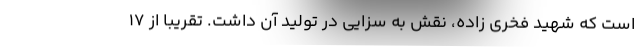
است که شهید فخری زاده، نقش به سزایی در تولید آن داشت. تقریباً از ۱۷